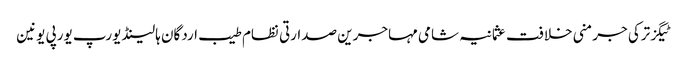
ٹیگزترکی جرمنی خلافت عثمانیہ شامی مہاجرین صدارتی نظام طیب اردگان ہالینڈ یورپ یورپی یونین